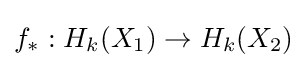
f_{*}:H_{k}(X_{1})\to H_{k}(X_{2})